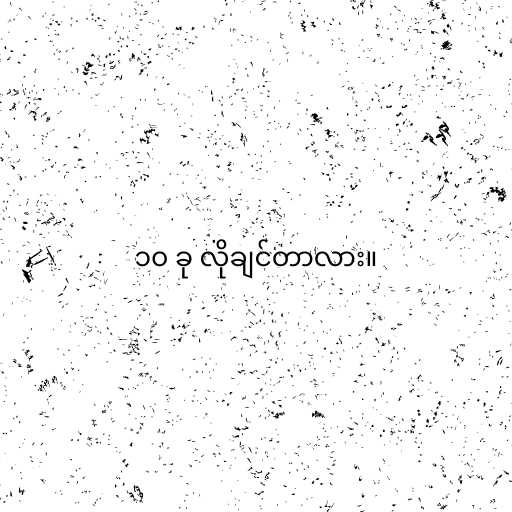
၁၀ ခု လိုချင်တာလား။